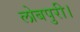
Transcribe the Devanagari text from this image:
लोबपुरी।